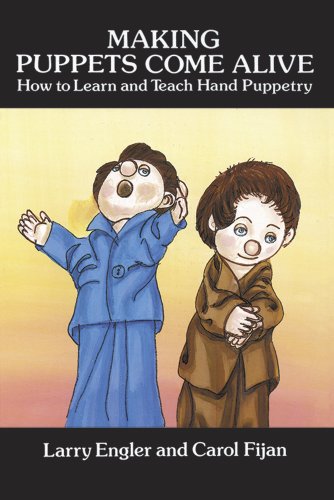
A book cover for Making Puppets Come Alive: How to Learn and Teach Hand Puppetry (Dover Craft Books); Larry Engler; Crafts, Hobbies & Home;